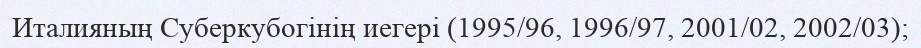
Италияның Суберкубогінің иегері (1995/96, 1996/97, 2001/02, 2002/03);